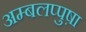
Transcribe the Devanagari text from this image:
अम्बलप्पुष़ा